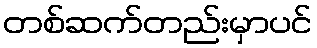
တစ်ဆက်တည်းမှာပင်